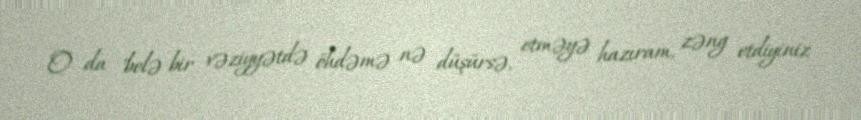
O da "belə bir vəziyyətdə öhdəmə nə düşürsə, etməyə hazıram, zəng etdiyiniz